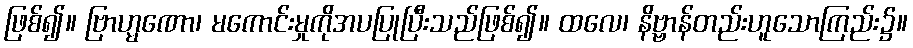
ဖြစ်၍။ ဗြာဟ္မဏော၊ မကောင်းမှုကိုအပပြုပြီးသည်ဖြစ်၍။ ထလေ၊ နိဗ္ဗာန်တည်းဟူသောကြည်း၌။